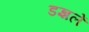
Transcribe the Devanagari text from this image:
डज्ञलें